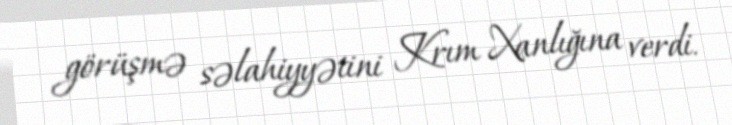
görüşmə səlahiyyətini Krım Xanlığına verdi.